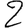
Digit: 2